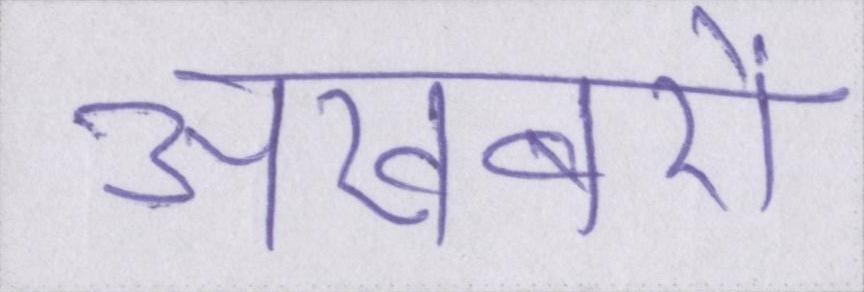
अखबरों